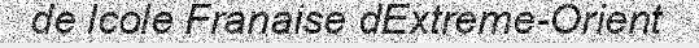
de lcole Franaise dExtreme-Orient